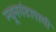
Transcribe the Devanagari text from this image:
न्यूनगंडापायी